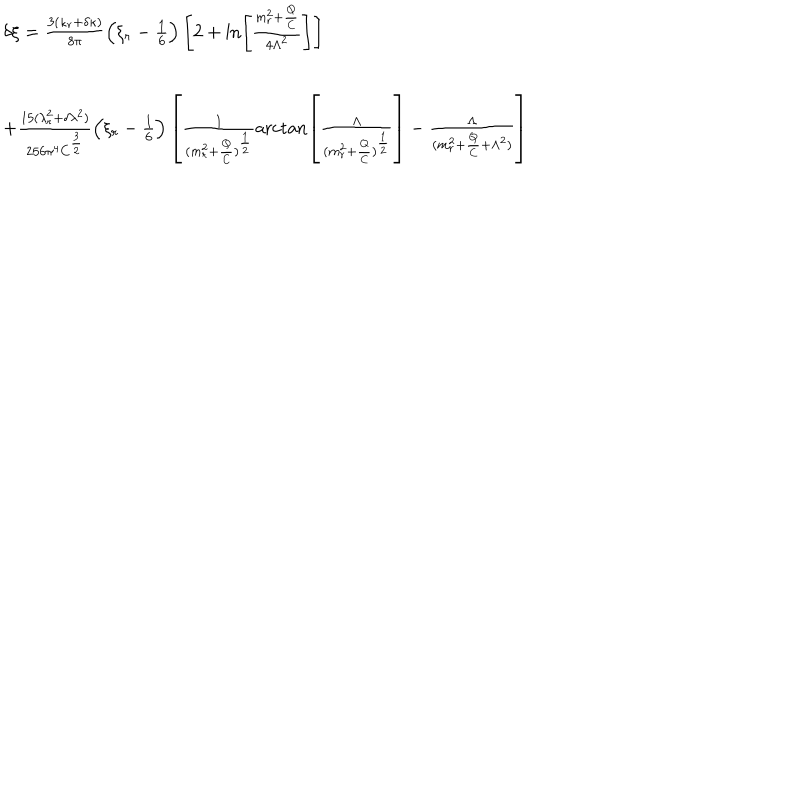
\begin{array} { l } { { \delta \xi = \frac { 3 ( \kappa _ { r } + \delta \kappa ) } { 8 \pi } \left( \xi _ { r } - \frac 1 6 \right) \left[ 2 + \ln \left[ \frac { m _ { r } ^ { 2 } + \frac Q C } { 4 \Lambda ^ { 2 } } \right] \right] } } \\ { { \hspace { 1 . 5 c m } + \frac { 1 5 ( \lambda _ { r } ^ { 2 } + \delta \lambda ^ { 2 } ) } { 2 5 6 \pi ^ { 4 } C ^ { \frac 3 2 } } \left( \xi _ { r } - \frac 1 6 \right) \left[ \frac 1 { ( m _ { r } ^ { 2 } + \frac Q C ) ^ { \frac 1 2 } } \operatorname { a r c t a n } \left[ \frac \Lambda { ( m _ { r } ^ { 2 } + \frac Q C ) ^ { \frac 1 2 } } \right] - \frac \Lambda { ( m _ { r } ^ { 2 } + \frac Q C + \Lambda ^ { 2 } ) } \right] } } \\ \end{array}